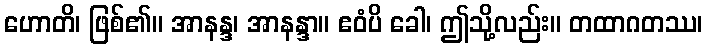
ဟောတိ၊ ဖြစ်၏။ အာနန္ဒ၊ အာနန္ဒာ။ ဧဝံပိ ခေါ၊ ဤသို့လည်း။ တထာဂတဿ၊